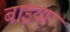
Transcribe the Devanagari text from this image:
बाइया